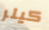
كيلر